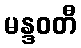
မန္ဒဝတီ